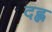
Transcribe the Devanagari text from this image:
दह्ल